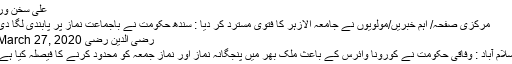
علی سخن ور
مرکزی صفحہ/ اہم خبریں/مولویوں نے جامعہ الازہر کا فتویٰ مسترد کر دیا : سندھ حکومت نے باجماعت نماز پر پابندی لگا دی
رضی الدین رضی March 27, 2020
اسلام آباد : وفاقی حکومت نے کورونا وائرس کے باعث ملک بھر میں پنجگانہ نماز اور نماز جمعہ کو محدود کرنے کا فیصلہ کیا ہے۔